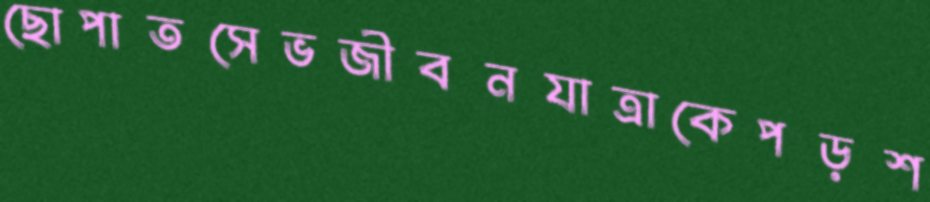
ছোপাতসেভজীবনযাত্রাকেপড়শ